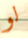
لو